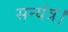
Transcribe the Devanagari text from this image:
सन्यंत्र।